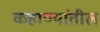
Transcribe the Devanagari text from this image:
कहाण्यांतील